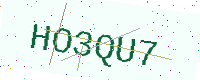
Text: HO3QU7